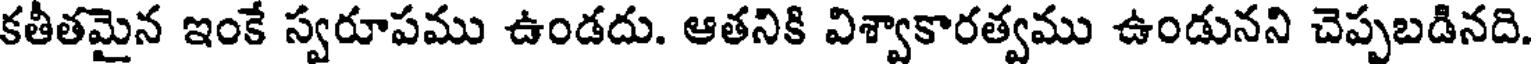
కతీతమైన ఇంకే స్వరూపము ఉండదు. ఆతనికి విశ్వాకారత్వము ఉండునని చెప్పబడినది